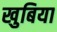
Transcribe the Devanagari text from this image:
खुबिया